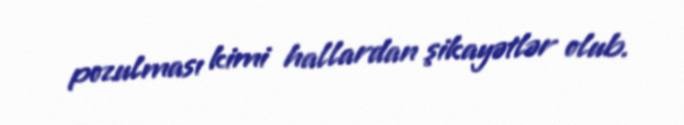
pozulması kimi hallardan şikayətlər olub.